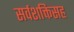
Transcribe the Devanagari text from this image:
सर्वशक्तिसह